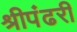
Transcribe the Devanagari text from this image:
श्रीपंढरी